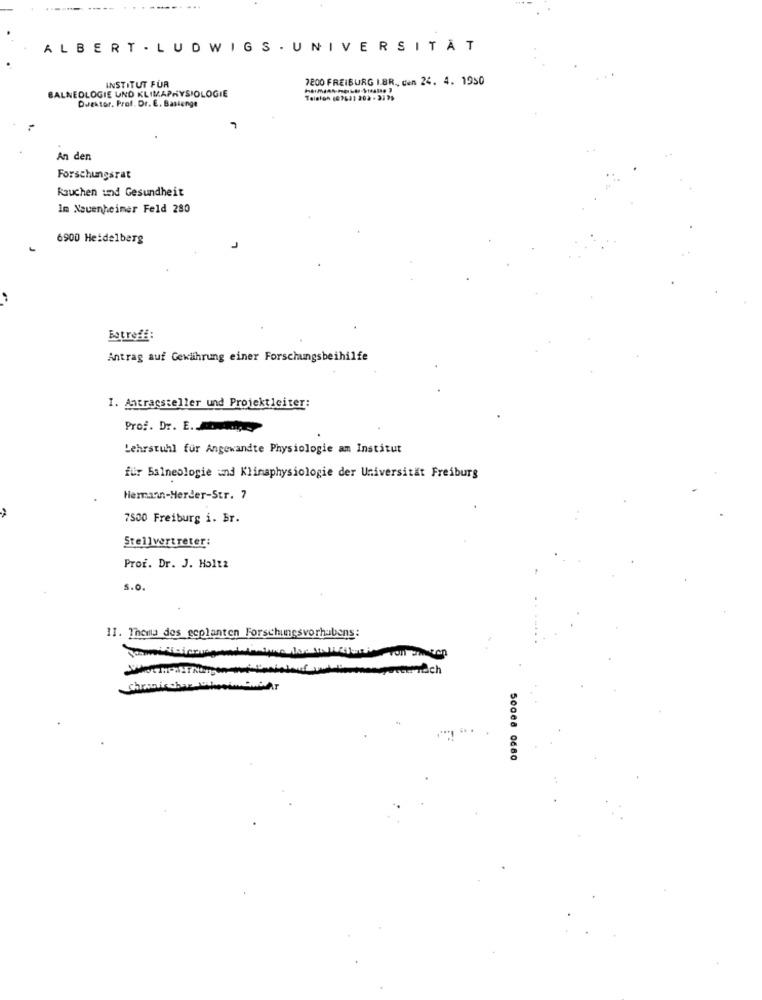
ALBERT . LUDWIGS . UNIVERSITÄT
INSTITUT FUR
7200 FREIBURG I.BR ., cen 24. 4. 1950
BALNEOLOGIE UND KLIMAPHYSIOLOGIE
Duektor. Prof. Dr. E. Bassenge
7
An den
Forschungsrat
Rauchen und Gesundheit
Im Neuenheimer Feld 280
6900 Heidelberg
Betreff:
Antrag auf Gewährung einer Forschungsbeihilfe
I. Antragsteller und Projektleiter:
Prof. Dr. E.
Lehrstuhl für Angewandte Physiologie am Institut
für Balneologie und Klimaphysiologie der Universität Freiburg
Hermann-Herder-Str. 7
7500 Freiburg i. Br.
Stellvertreter:
Prof. Dr. J. Holtz
S.O.
1]. Thema des ecplanten Forschungsvorhabens:
Chronic bar WihooiminiAT
50008 0680